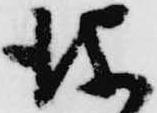
儀